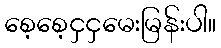
စေ့စေ့ငှငှမေးမြန်းပါ။